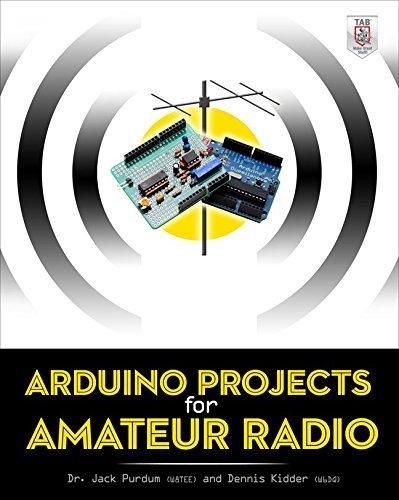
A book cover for Arduino Projects for Amateur Radio; Jack Purdum; Engineering & Transportation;